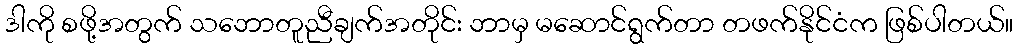
ဒါကို စဖို့အတွက် သဘောတူညီချက်အတိုင်း ဘာမှ မဆောင်ရွက်တာ တဖက်နိုင်ငံက ဖြစ်ပါတယ်။